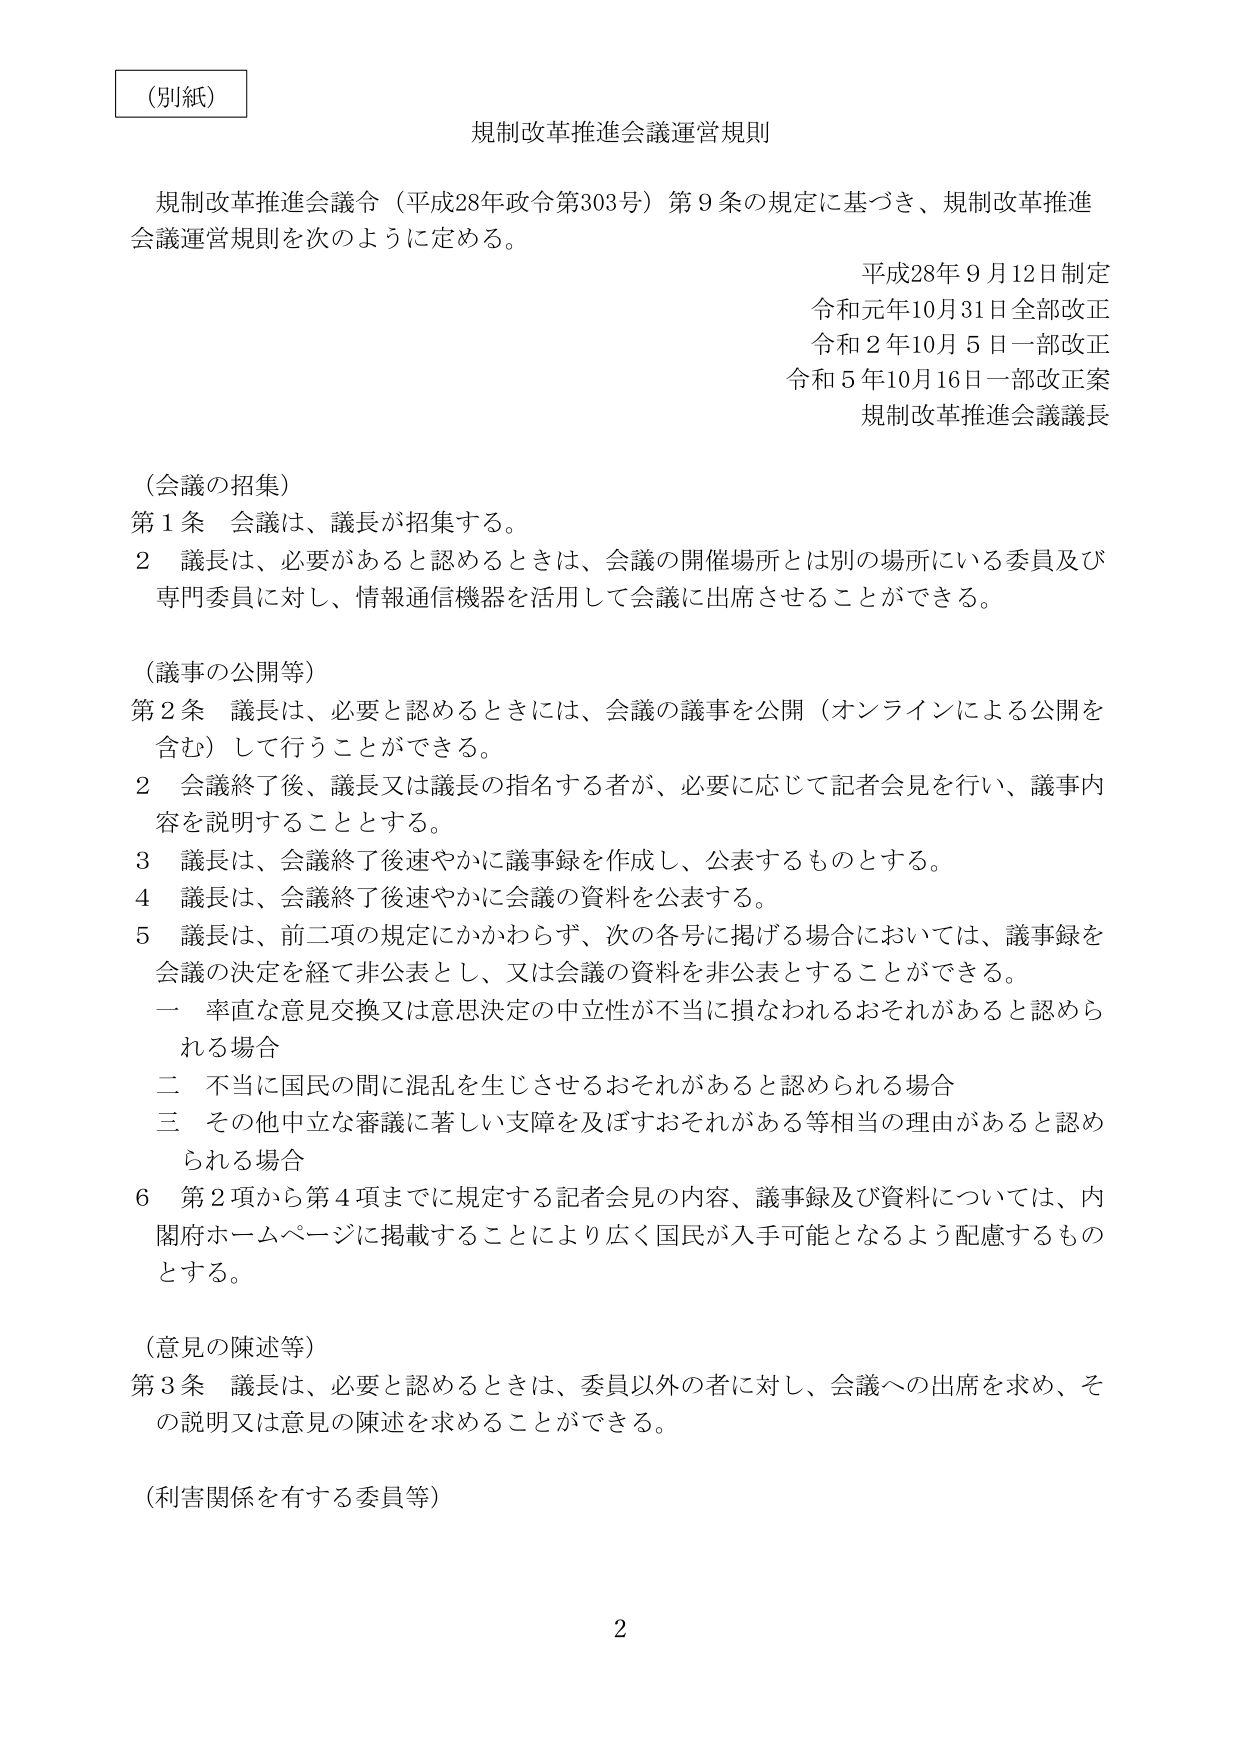
（別紙）

規制改革推進会議運営規則

規制改革推進会議令（平成28年政令第303号）第9条の規定に基づき、規制改革推進会議運営規則を次のように定める。

平成28年9月12日制定
令和元年10月31日全部改正
令和2年10月5日一部改正
令和5年10月16日一部改正案
規制改革推進会議議長

（会議の招集）
第1条 会議は、議長が招集する。
2 議長は、必要があると認めるときは、会議の開催場所とは別の場所にいる委員及び専門委員に対し、情報通信機器を活用して会議に出席させることができる。

（議事の公開等）
第2条 議長は、必要と認めるときには、会議の議事を公開（オンラインによる公開を含む）して行うことができる。
2 会議終了後、議長又は議長の指名する者が、必要に応じて記者会見を行い、議事内容を説明することとする。
3 議長は、会議終了後速やかに議事録を作成し、公表するものとする。
4 議長は、会議終了後速やかに会議の資料を公表する。
5 議長は、前二項の規定にかかわらず、次の各号に掲げる場合においては、議事録を会議の決定を経て非公表とし、又は会議の資料を非公表とすることができる。
　一 率直な意見交換又は意思決定の中立性が不当に損なわれるおそれがあると認められる場合
　二 不当に国民の間に混乱を生じさせるおそれがあると認められる場合
　三 その他中立な審議に著しい支障を及ぼすおそれがある等相当の理由があると認められる場合
6 第2項から第4項までに規定する記者会見の内容、議事録及び資料については、内閣府ホームページに掲載することにより広く国民が入手可能となるよう配慮するものとする。

（意見の陳述等）
第3条 議長は、必要と認めるときは、委員以外の者に対し、会議への出席を求め、その説明又は意見の陳述を求めることができる。

（利害関係を有する委員等）

2